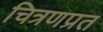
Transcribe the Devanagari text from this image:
चित्रणप्रत